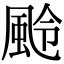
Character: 𩖵